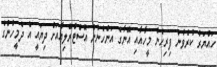
ހައްޔަރު ކުރެވުނު ފިރިހެން މީހާއާއި އޭނާގެ އަންހެނުން އޮސްޓްރޭލިއާއަށް ދިޔައީ އެ ދެމީހުންގެ